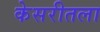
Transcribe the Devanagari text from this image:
केसरीतला